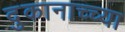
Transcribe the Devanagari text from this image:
दुकानाच्च्या